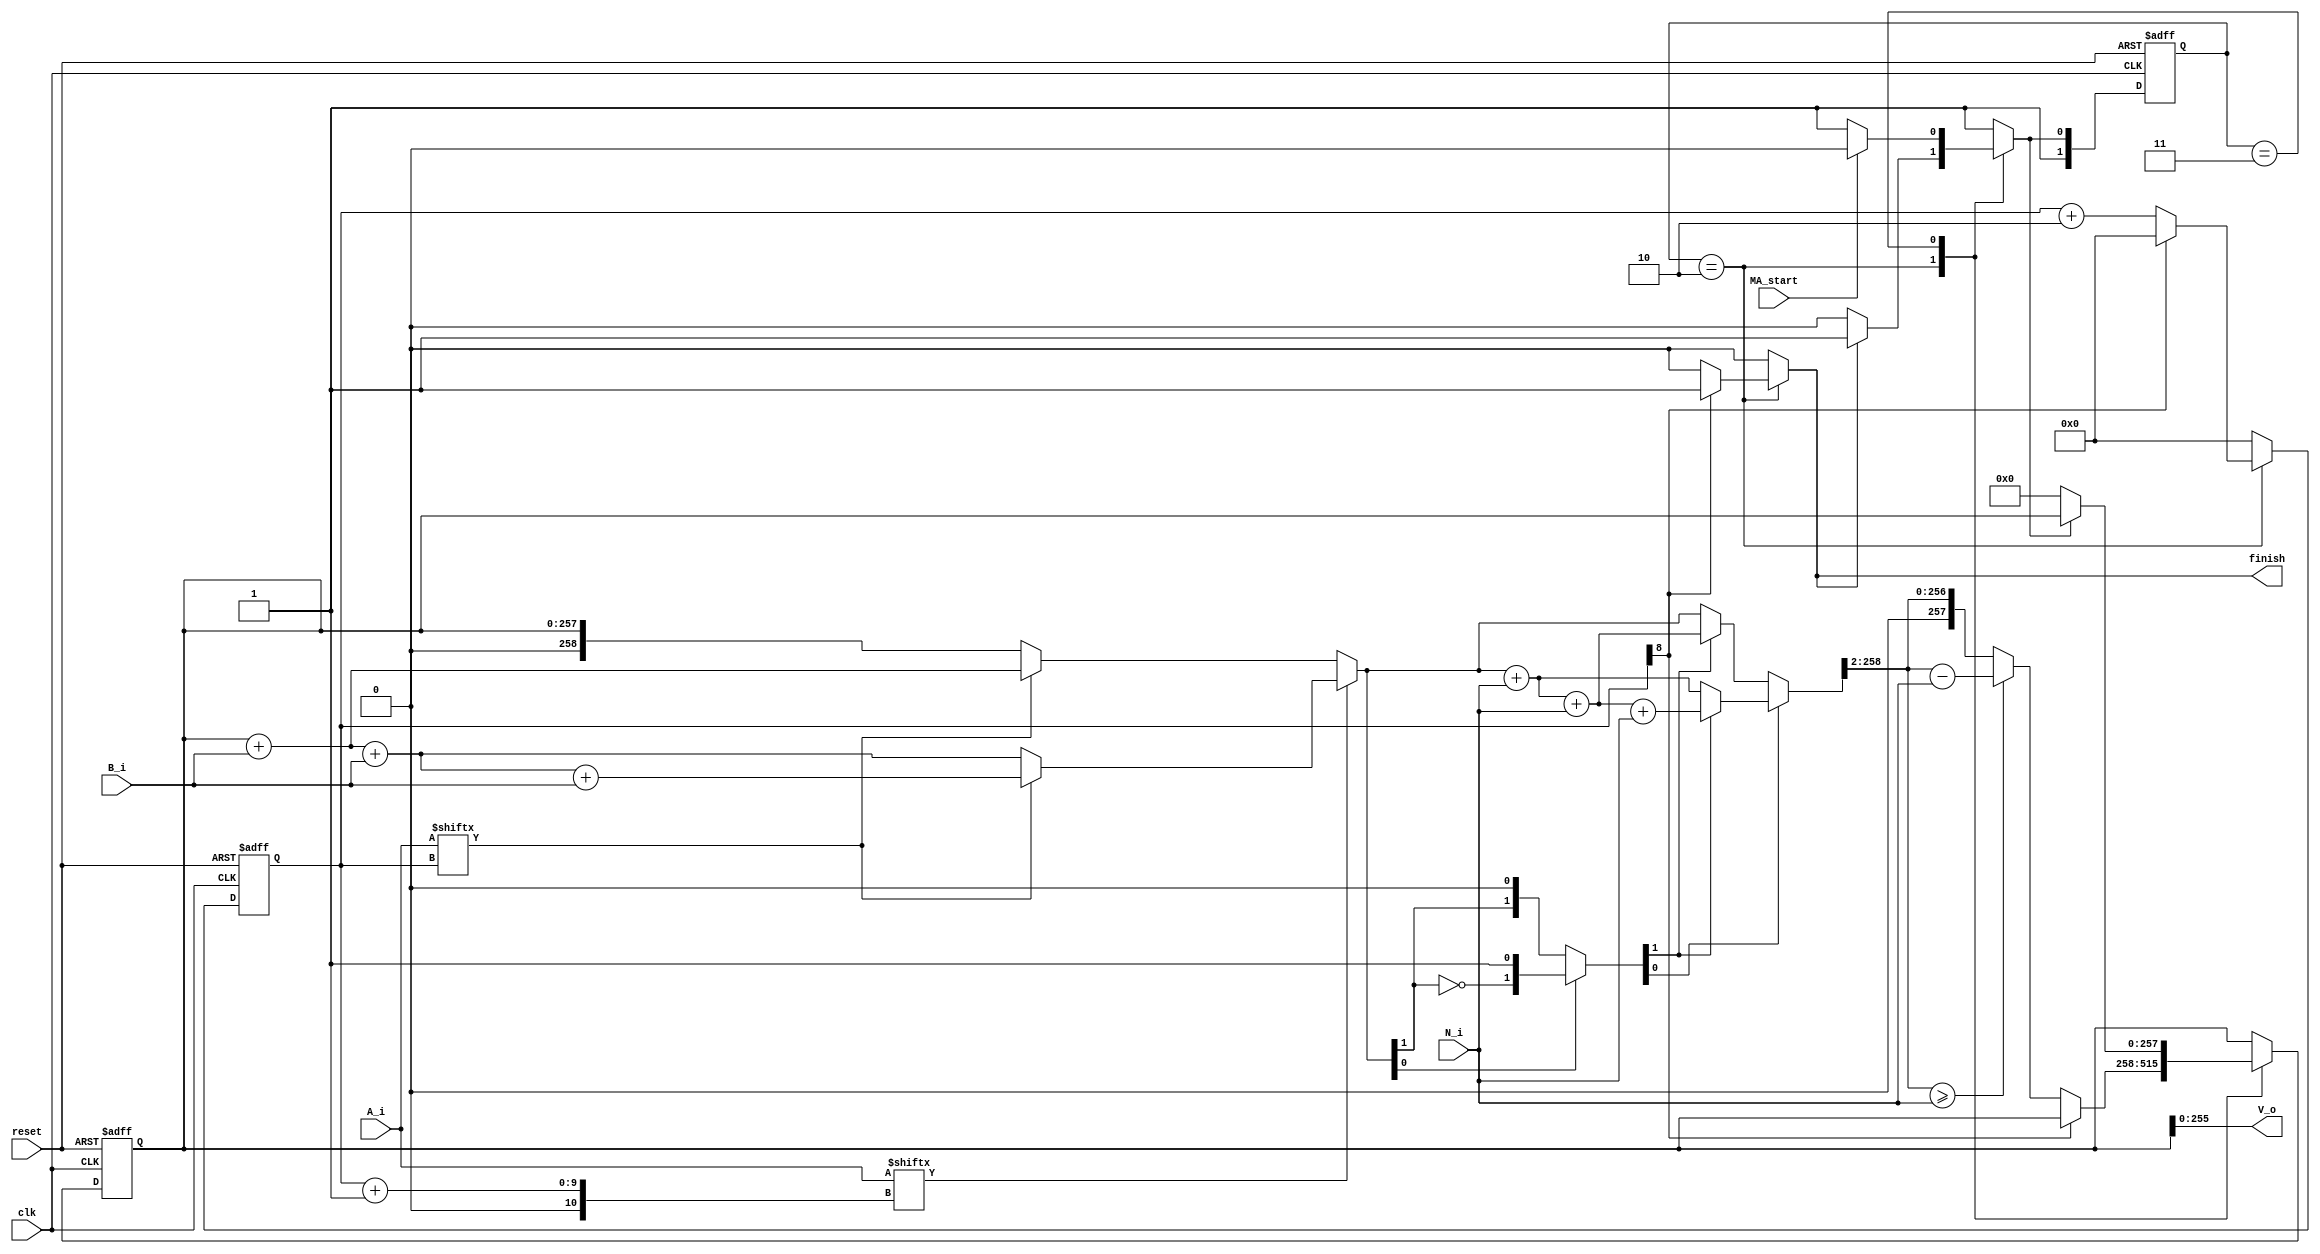
`timescale 1ns/1ps
module MA_CLK_mod4 (
	//input
	clk,
	MA_start,
	N_i,
    A_i,
	B_i,
	reset,
	//output
	V_o,
	finish
    );
    
	//----input declaration----//
	input              clk,
	                   MA_start,
	                   reset;
    input      [255:0] A_i,
    	     		   B_i,
    	     		   N_i;
	
	//----output declaration----//
    output  [255:0] V_o;
    output reg         finish;
	
	//----reg declaration----//
    reg        [257:0] Vi;
	reg        [258:0] f1,
					   f2,
		     	       f;
	reg        [8:0]   i;
	reg        [1:0]   MA_ST;
	reg        [2:0]   q;

	//----next reg declaration----//
	//reg        [255:0] next_V_o;
    reg        [257:0] next_Vi; // Vi
	reg        [258:0] next_f; // f = Vi + ai*B + qi*N
	reg        [8:0]   next_i; // bit counter
	reg        [1:0]   next_MA_ST;
	reg                next_finish;

	//parameter MA_ST_0 = 2'b00;
	parameter MA_ST_1 = 2'b10;
	parameter MA_ST_2 = 2'b11;
	
	assign V_o = Vi;

	// state machine
	always@(*) begin
		case(MA_ST)
		/*MA_ST_0: begin  // MA_CLK is in stand-by mode (triggered by reset signal)
			if( MA_start == 1'b1 )
				next_MA_ST = MA_ST_1;
			else
				next_MA_ST = MA_ST_0;
		end*/
		MA_ST_1: begin // MA_CLK is under calculating...
			if( finish != 1'b1 )
				next_MA_ST = MA_ST_1;
			else
				next_MA_ST = MA_ST_2;
		end
		MA_ST_2: begin // MA_CLK finished calaculating, final
			if( MA_start == 1'b1 )
				next_MA_ST = MA_ST_1;
			else
				next_MA_ST = MA_ST_2; //wait for LSB_ME to give out the next start cmd..
		end
		default: next_MA_ST = MA_ST_2;
		endcase
	end



	// calculate block
	always@(*) begin
	    next_i   = 9'b0;
		next_Vi  = Vi;
		//next_V_o = V_o;
		next_f   = f;
		f1       = 259'b0;
		f2       = 259'b0;
		q        = 3'b0;
		finish   = 1'b0;
        case(MA_ST)
		/*MA_ST_0: begin
			if( next_MA_ST == MA_ST_1 ) begin // calculate only when we are in MA_ST_1
				next_Vi     = 258'b0;
				next_f      = 258'b0;
				//f1          = 258'b0;
			end
			else finish = 1'b0;

		end*/
		MA_ST_1: begin
			if( i[8] != 1'd1 ) begin
				next_i   = i + 9'd2;

				
				/*can we use multiplier?*/
				//q        = (f1[1:0] == 2'b0)?3'b0: 3'd4-{1'b0,f1[1:0]};
				

				f1     = (A_i[i+1] == 1'b1)? ((A_i[i] == 1'b1)?(Vi+B_i+B_i+B_i):(Vi+B_i+B_i)) : ((A_i[i] == 1'b1)?(Vi+B_i):Vi); 
				//f1       = Vi + ({A_i[i+1],A_i[i]} * B_i) ;

				q        = (f1[0] == 1'b1)? {(~f1[1]),f1[0]} : {f1[1],f1[0]};

				//f2       = f1 + (q[1:0] * N_i);
			   f2     = (q[0] == 1'b1)? ((q[1] == 1'b1)?(f1+N_i+N_i+N_i):(f1+N_i)) : ((q[1] == 1'b1)?(f1+N_i+N_i):(f1));
				
				next_f   = f2 >> 2'd2;
				next_Vi  = (next_f >= N_i)? next_f - N_i : next_f; 
			end
			else begin
				finish = 1'b1;
				//next_V_o = Vi;
			end
		end
		MA_ST_2: begin
			if( next_MA_ST == MA_ST_1 ) begin
				//next_i = 9'b0;
				//finish = 1'b0;
				next_f = 259'b0;
				//next_V_o = V_o;
				//f1 = 258'b0;
				next_Vi = 257'b0;
			end
			else finish = 1'b0;
		end
		endcase
	end

	
	always@(posedge clk or posedge reset ) begin //finish should be default to 0 before we (wait for solving)
		
		if(reset) begin
			i      <= 9'd0;
			Vi     <= 257'b0;
			//V_o    <= 256'b0;
			f      <= 259'b0;
			MA_ST  <= MA_ST_2;
		end
		else begin
			i      <= next_i; 
			Vi     <= next_Vi;
			//V_o    <= next_V_o;
			f      <= next_f;
			MA_ST  <= next_MA_ST;
		end
	end
	
endmodule